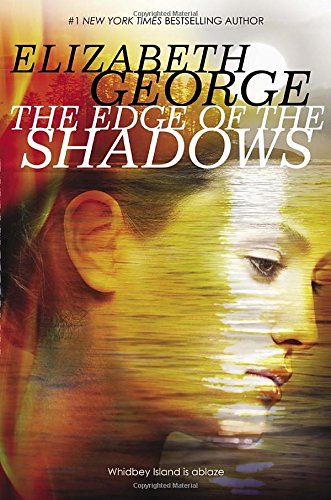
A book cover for The Edge of the Shadows (Edge of Nowhere); Elizabeth George; Teen & Young Adult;